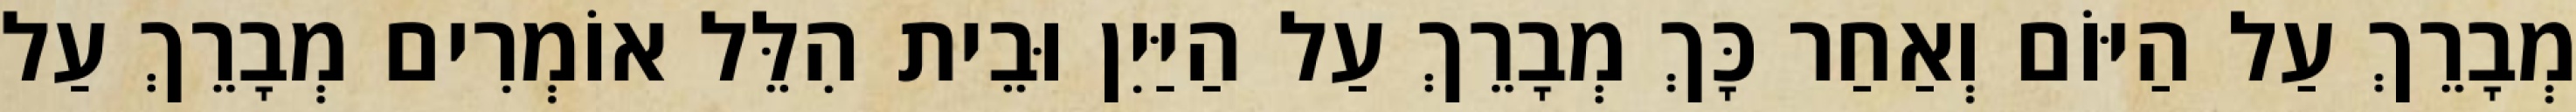
מְבָרֵךְ עַל הַיּוֹם וְאַחַר כָּךְ מְבָרֵךְ עַל הַיַּיִן וּבֵית הִלֵּל אוֹמְרִים מְבָרֵךְ עַל